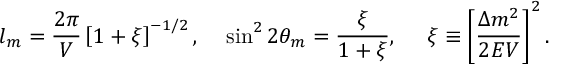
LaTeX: l _ { m } = \frac { 2 \pi } { V } \left[ 1 + \xi \right] ^ { - 1 / 2 } , ~ ~ ~ \sin ^ { 2 } 2 \theta _ { m } = \frac { \xi } { 1 + \xi } , ~ ~ ~ ~ \xi \equiv \left[ \frac { \Delta m ^ { 2 } } { 2 E V } \right] ^ { 2 } .